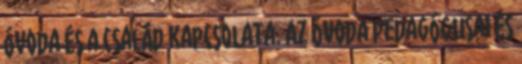
óvoda és a család kapcsolata. Az óvoda pedagógusai és